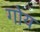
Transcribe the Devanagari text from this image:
गोय